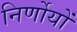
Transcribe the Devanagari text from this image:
निर्णोयों